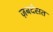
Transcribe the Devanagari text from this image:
ज़बर्दसत